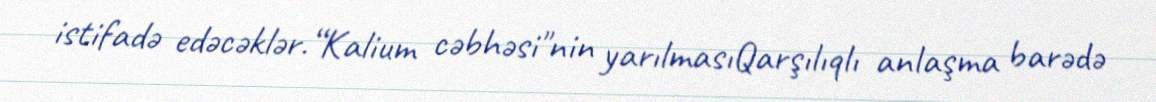
istifadə edəcəklər.“Kalium cəbhəsi"nin yarılmasıQarşılıqlı anlaşma barədə